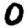
Digit: 0